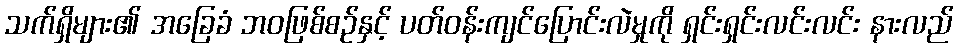
သက်ရှိများ၏ အခြေခံ ဘဝဖြစ်စဉ်နှင့် ပတ်ဝန်းကျင်ပြောင်းလဲမှုကို ရှင်းရှင်းလင်းလင်း နားလည်